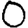
Digit: 0